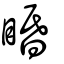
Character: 睧